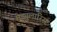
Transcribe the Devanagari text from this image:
मेड्युलारिस